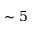
\sim 5